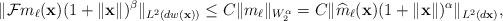
LaTeX: \begin{align*}\| \mathcal Fm_{\ell} (\mathbf x)(1+\| \mathbf x\|)^\beta \|_{L^2(dw(\mathbf x))} \leq C \| m_{\ell} \|_{W^\alpha_2} = C \| \widehat m_{\ell}(\mathbf x) (1+\| \mathbf x\|)^{\alpha} \|_{L^2(d\mathbf x)},\end{align*}